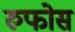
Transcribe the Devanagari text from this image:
रुफोस